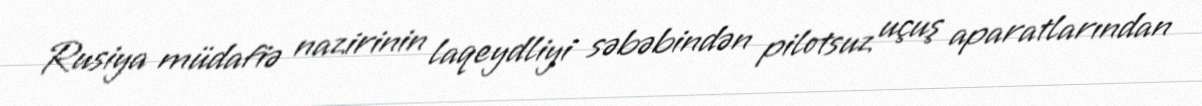
Rusiya müdafiə nazirinin laqeydliyi səbəbindən pilotsuz uçuş aparatlarından